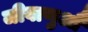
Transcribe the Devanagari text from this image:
जीवाणुऔं